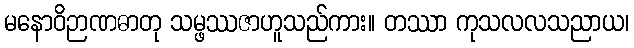
မနောဝိဉာဏဓာတု သမ္ဖဿဇာဟူသည်ကား။ တဿာ ကုသလလသညာယ၊